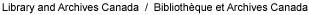
Library and Archives Canada / Bibliotheque et Archives Canada